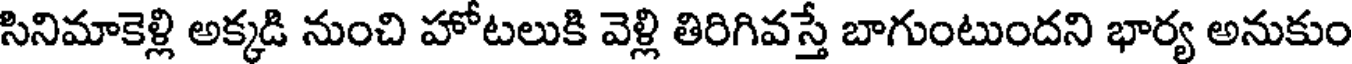
సినిమాకెళ్లి అక్కడి నుంచి హోటలుకి వెళ్లి తిరిగివస్తే బాగుంటుందని భార్య అనుకుం